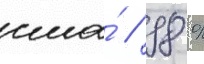
сша́ // 98 %